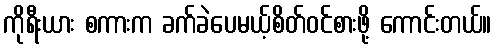
ကိုရီးယား စကားက ခက်ခဲပေမယ့်စိတ်ဝင်စားဖို့ ကောင်းတယ်။